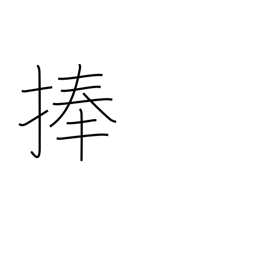
Meaning: consecrate